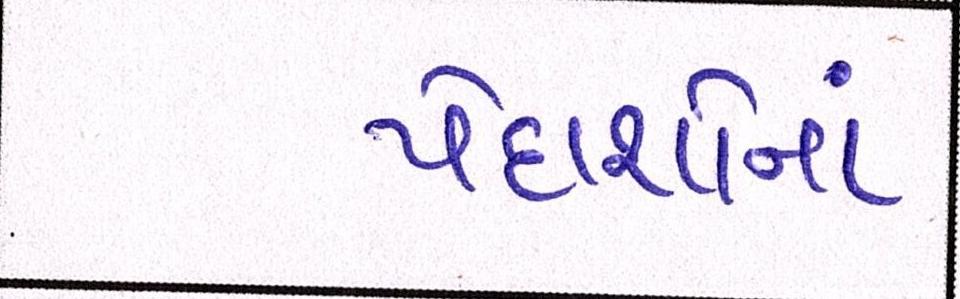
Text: પેદાશોનાં